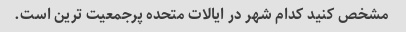
مشخص کنید کدام شهر در ایالات متحده پرجمعیت ترین است.